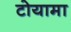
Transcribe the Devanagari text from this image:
टोयामा